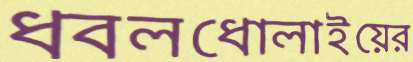
ধবলধোলাইয়ের